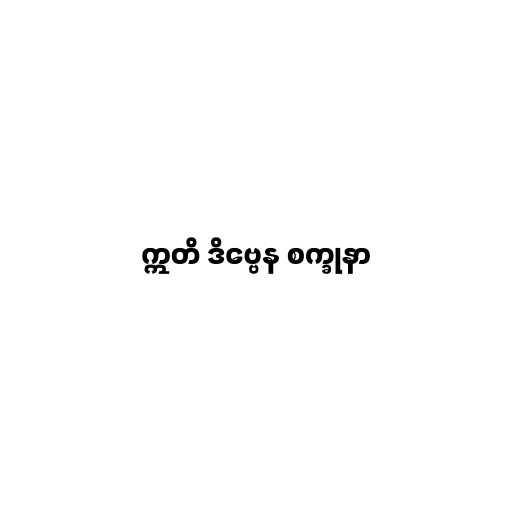
ဣတိ ဒိဗ္ဗေန စက္ခုနာ